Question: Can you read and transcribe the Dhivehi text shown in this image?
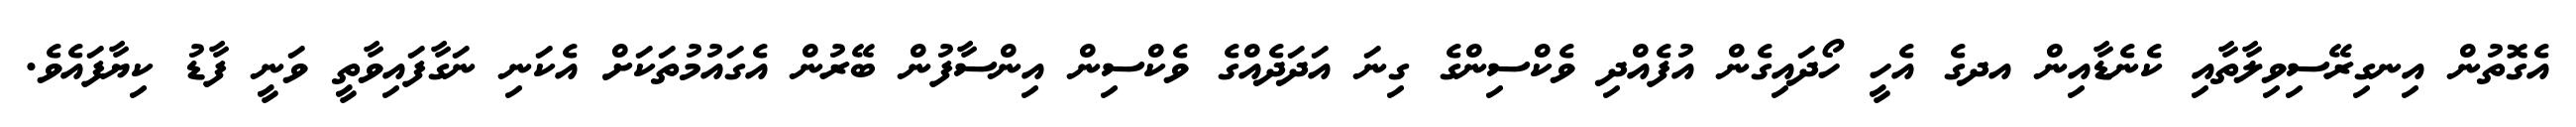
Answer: އެގޮތުން އިނގިރޭސިވިލާތާއި ކެނެޑާއިން އދގެ އެހީ ހޯދައިގެން އުފެއްދި ވެކްސިންގެ ގިނަ އަދަދެއްގެ ވެކްސިން އިންސާފުން ބޭރުން އެގައުމުތަކަށް އެކަނި ނަގާފައިވާތީ ވަނީ ފާޑު ކިޔާފައެވެ.